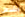
الشرس